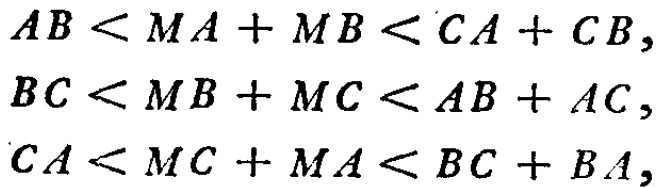
\[
\begin{align*}
AB &< MA + MB < CA + CB,\\
BC &< MB + MC < AB + AC,\\
CA &< MC + MA < BC + BA,
\end{align*}
\]